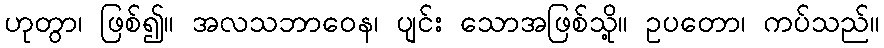
ဟုတွာ၊ ဖြစ်၍။ အလသဘာဝေန၊ ပျင်း သောအဖြစ်သို့။ ဥပတော၊ ကပ်သည်။